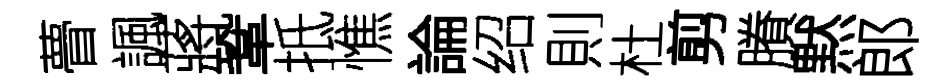
瞢諷蔣鞏抵憔論绍則杜剪賸黙郎